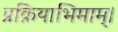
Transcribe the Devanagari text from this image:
प्रक्रियाभिमाम्।